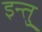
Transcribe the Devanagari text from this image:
इन्तु